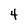
Character: 4